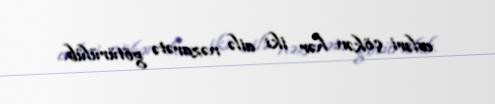
evləri çökən hər iki ailə nəzarətə götürülüb.